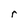
Character: r